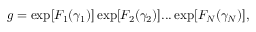
g = \exp [ F _ { 1 } ( \gamma _ { 1 } ) ] \exp [ F _ { 2 } ( \gamma _ { 2 } ) ] . . . \exp [ F _ { N } ( \gamma _ { N } ) ] ,